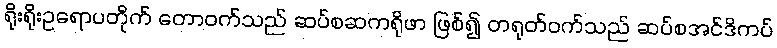
ရိုးရိုးဥရောပတိုက် တောဝက်သည် ဆပ်စဆကရိုဖာ ဖြစ်၍ တရုတ်ဝက်သည် ဆပ်စအင်ဒိကပ်